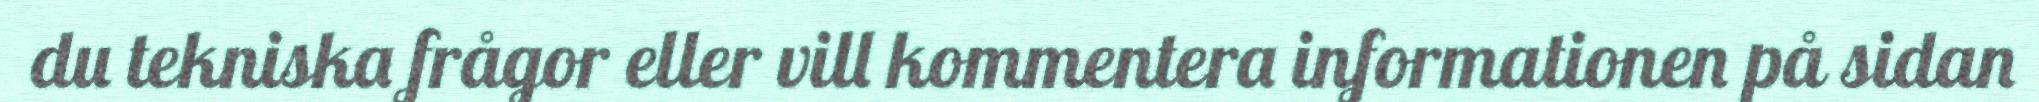
du tekniska frågor eller vill kommentera informationen på sidan